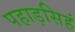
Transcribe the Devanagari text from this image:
पहाड़सिहं